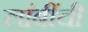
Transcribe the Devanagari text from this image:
लांबींची